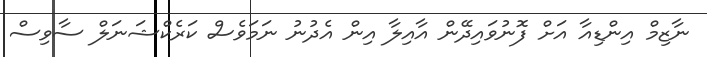
ނާޒިމް އިންޑިއާ އަށް ފޮނުވައިދޭން އާއިލާ އިން އެދުނު ނަމަވެސް ކަރެކްޝަނަލް ސާވިސް